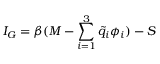
I _ { G } = \beta ( M - \sum _ { i = 1 } ^ { 3 } { \tilde { q } } _ { i } \phi _ { i } ) - S